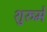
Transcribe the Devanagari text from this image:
शुरुमे